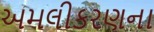
અમલીકરણના